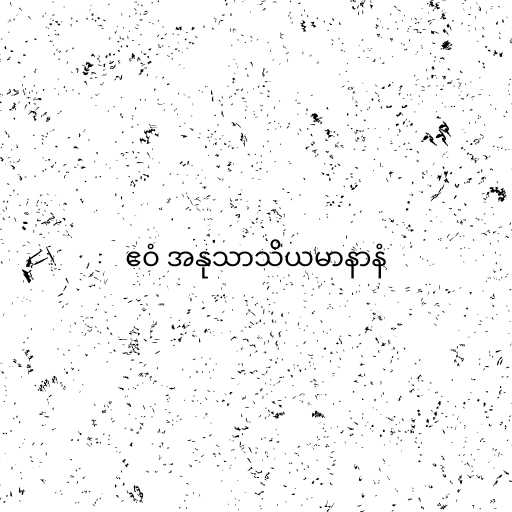
ဧဝံ အနုသာသိယမာနာနံ